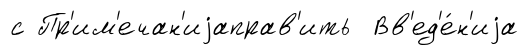
с Пр'им'ечан'иjаправ'ить Вв'ед'е́н'иjа